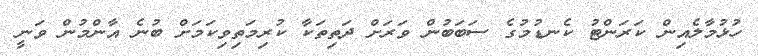
ހުޅުމާލެއިން ކަރަންޓު ކެނޑުމުގެ ސަބަބުން ވަރަށް ދަތިތަކާ ކުރިމަތިވިކަމަށް ބުނެ އާންމުން ވަނީ